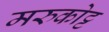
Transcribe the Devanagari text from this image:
मरुकोट्ट